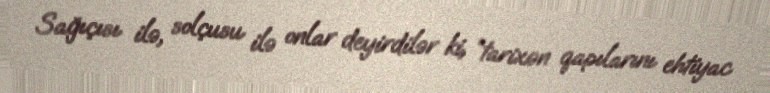
Sağıçısı ilə, solçusu ilə onlar deyirdilər ki, “tarixən qapılarını ehtiyac